Lunatic asylums United Provinces 1899-1908 - 1899-1908
Year: 1899
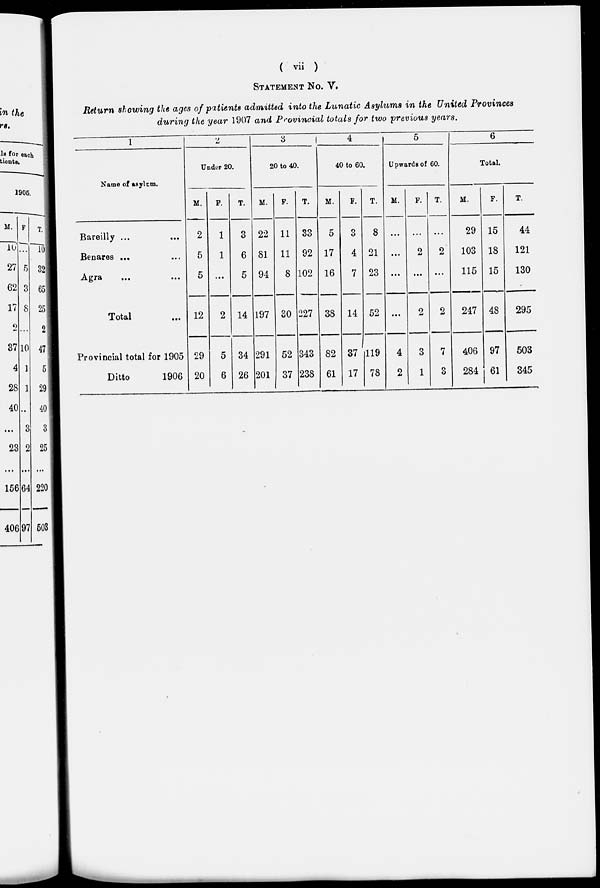
( vii )
STATEMENT No. V.
Return showing the ages of patients admitted into the Lunatic Asylums in the United Provinces
during the year 1907 and Provincial totals for two previous years.
1
Name of asylum.
Bareilly ... ...
Benares ... ...
Agra ... ...
Total ...
Provincial total for 1905
Ditto
1906
2
Under 20.
M.
2
5
5
12
29
20
F.
1
1
...
2
5
6
T.
8
6
5
14
34
26
3
20 to 40.
M.
22
81
94
197
291
201
F.
11
11
8
30
52
37
T.
33
92
102
227
343
238
4
40 to 60.
M.
5
17
16
38
82
61
F.
3
4
7
14
37
17
T.
8
21
23
52
119
78
5
Upwards of 60.
M.
...
...
...
...
4
2
F.
...
2
...
2
3
1
T.
...
2
...
2
7
3
6
Total.
M.
29
103
115
247
406
284
F.
15
18
15
48
97
61
T.
44
121
130
295
503
345